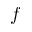
f